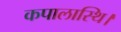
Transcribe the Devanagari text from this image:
कपालास्थि।